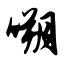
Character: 嗍